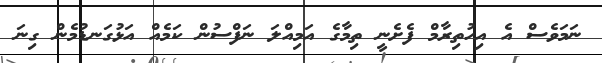
ނަމަވެސް އެ އިހުތިރާމް ފެށެނީ ތިމާގެ އަމިއްލަ ނަފްސުން ކަމެއް އަޅުގަނޑުމެން ގިނަ